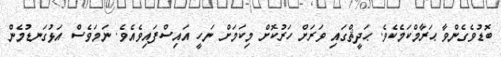
ބޮޑުވެގެންވާ ޙަރާމްކަމެކެވެ. ޙަދީޘްގައި ވަރަށް ހަރުކޮށް މިކަމަށް ނަހީ އައިސްފައިވެއެވެ. ނަމަވެސް އަޅުގަނޑުމެން